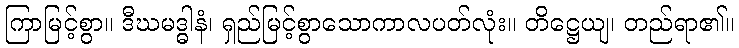
ကြာမြင့်စွာ။ ဒီဃမဒ္ဓါနံ၊ ရှည်မြင့်စွာသောကာလပတ်လုံး။ တိဋ္ဌေယျ၊ တည်ရာ၏။